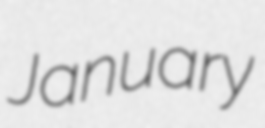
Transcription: January